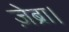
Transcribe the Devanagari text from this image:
ज़ेब्रा।